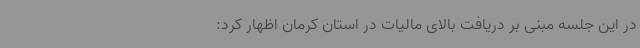
در این جلسه مبنی بر دریافت بالای مالیات در استان کرمان اظهار کرد: